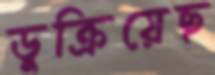
ডুক্‌রিয়েছ